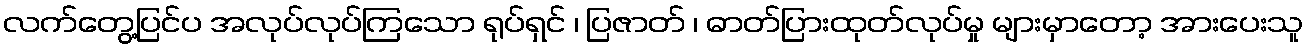
လက်တွေ့ပြင်ပ အလုပ်လုပ်ကြသော ရုပ်ရှင် ၊ ပြဇာတ် ၊ ဓာတ်ပြားထုတ်လုပ်မှု များမှာတော့ အားပေးသူ